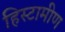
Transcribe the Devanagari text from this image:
हिस्टामीण